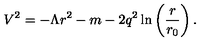
V ^ { 2 } = - \Lambda r ^ { 2 } - m - 2 q ^ { 2 } \ln \left( \frac { r } { r _ { 0 } } \right) .